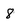
Character: 8